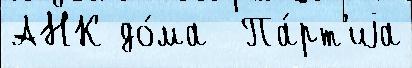
АНК до́ма  Па́рт'иjа